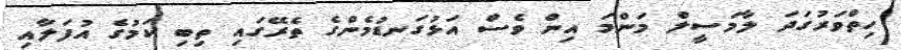
ހިތްވަރުގަދަ ލާމަސީލް މަންމަ އިން ވެސް އަޅުގަނޑުމެންގެ ތެރޭގައި ތިބި ކަމުގެ އުފަލާއި